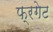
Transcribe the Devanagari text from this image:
फ्रगेट